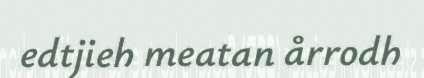
edtjieh meatan årrodh